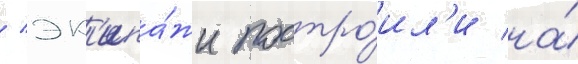
/ эк'ипа́жи постро́ил'и на́